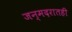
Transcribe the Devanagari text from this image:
जन्मदरातही